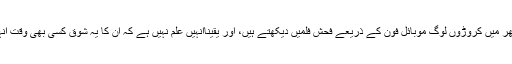
یہ ایک شرمناک حقیقت ہے کہ دنیا بھر میں کروڑوں لوگ موبائل فون کے ذریعے فحش فلمیں دیکھتے ہیں، اور یقیناًانہیں علم نہیں ہے کہ ان کا یہ شوق کسی بھی وقت انہیں رسوائی سے دوچار کر سکتا ہے۔